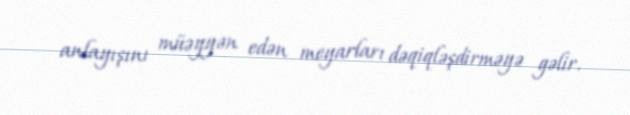
anlayışını müəyyən edən meyarları dəqiqləşdirməyə gəlir.